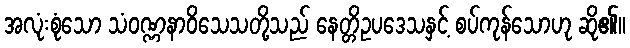
အလုံးစုံသော သံဝဏ္ဏနာဝိသေသတို့သည် နေတ္တိဥပဒေသနှင့် စပ်ကုန်သောဟု ဆို၏။